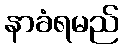
နာခံရမည်